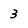
Character: 3